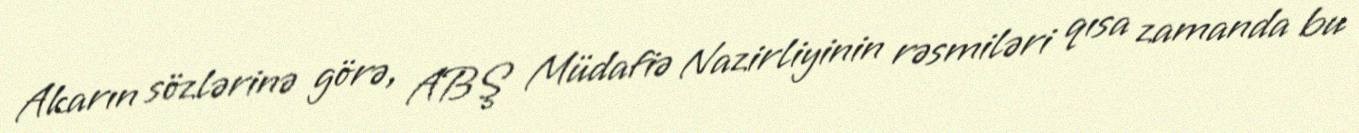
Akarın sözlərinə görə, ABŞ Müdafiə Nazirliyinin rəsmiləri qısa zamanda bu